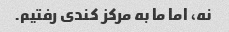
نه، اما ما به مرکز کندی رفتیم.